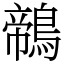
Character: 鶙